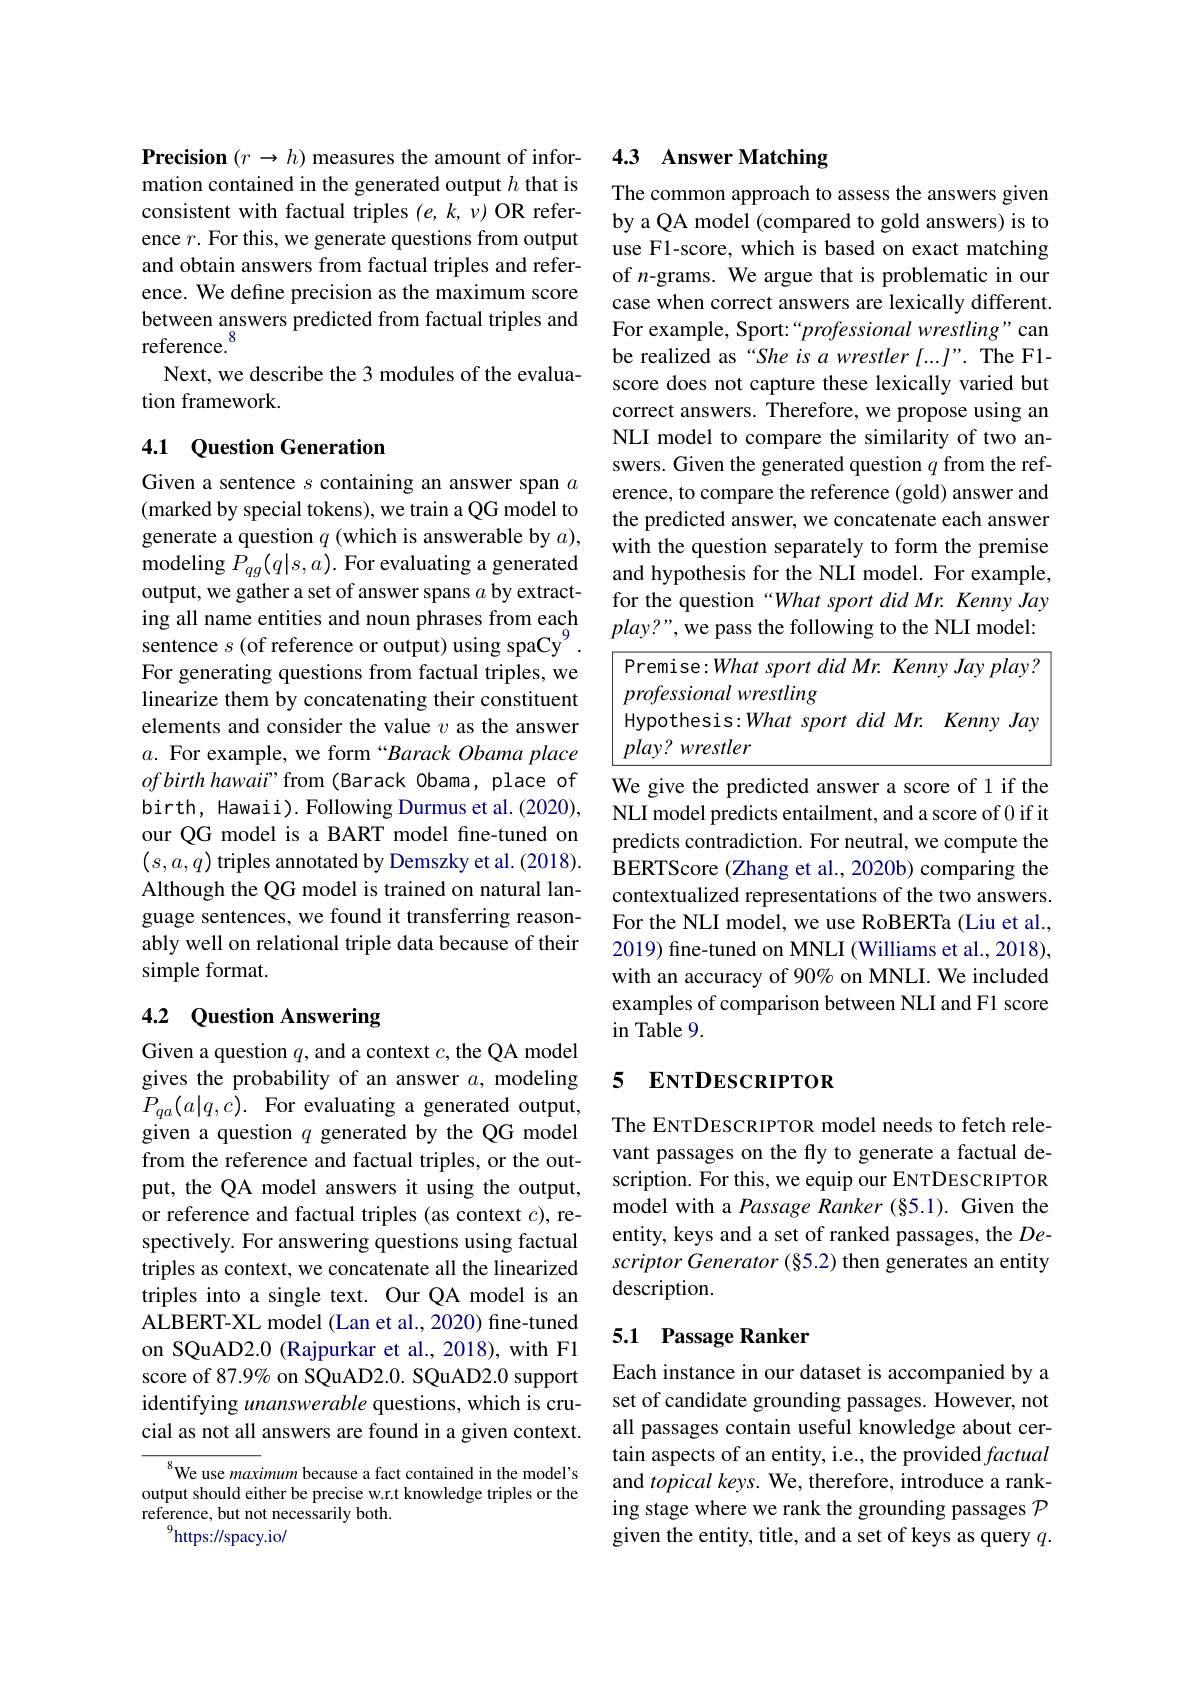
Precision $(r\to h)$ measures the amount of information contained in the generated output $h$ that is consistent with factual triples $(e,k,\nu)$ OR reference $r.$ For this, we generate questions from output and obtain answers from factual triples and reference. We define precision as the maximum score between answers predicted from factual triples and reference.$^{8}$
Next, we describe the 3 modules of the evalua-
tion framework.

## 4.1 Question Generation

Given a sentence $s$ containing an answer span $a$ (marked by special tokens), we train a QG model to generate a question $q$ (which is answerable by $a)$, modeling $P_qg(q|s,a).$ For evaluating a generated output, we gather a set of answer spans $a$ by extracting all name entities and noun phrases from each sentence $s$ (of reference or output) using spaCy$^{9}$ For generating questions from factual triples, we linearize them by concatenating their constituent elements and consider the value $v$ as the answer $a.$ For example, we form“Barack Obama place $ofbirthhawaii"$ from (Barack Obama, place of birth, Hawaii). Following Durmus et al. (2020), our QG model is a BART model fne-tuned on $(s,a,q)$ triples annotated by Demszky et al. (2018). Although the QG model is trained on natural language sentences, we found it transferring reasonably well on relational triple data because of their simple format.

## 4.2 Question Answering

Given a question $q$, and a context $c$, the QA model gives the probability of an answer $a$, modeling $P_{qa}(a|q,c).$ For evaluating a generated output, given a question $q$ generated by the QG model from the reference and factual triples, or the output, the QA model answers it using the output, or reference and factual triples (as context $c)$, respectively. For answering questions using factual triples as context, we concatenate all the linearized triples into a single text. Our QA model is an ALBERT-XL model (Lan et al., 2020) fine-tuned on SQuAD2.0 (Rajpurkar et al., 2018), with F1 score of 87.9% on SQuAD2.0. SQuAD2.0 support identifying unanswerable questions, which is crucial as not all answers are found in a given context.

We use maximum because a fact contained in the model's output should either be precise w.r.t knowledge triples or the reference, but not necessarily both.
$^{9}$https://spacy.io/

## 4.3 Answer Matching

The common approach to assess the answers given by a QA model (compared to gold answers) is to use F1-score, which is based on exact matching of $n$-grams. We argue that is problematic in our case when correct answers are lexically different. For example, Sport: “professional wrestling" can be realized as“She is a wrestler [...J”. The F1- score does not capture these lexically varied but correct answers. Therefore, we propose using an NLI model to compare the similarity of two answers. Given the generated question $q$ from the reference, to compare the reference (gold) answer and the predicted answer, we concatenate each answer with the question separately to form the premise and hypothesis for the NLI model. For example, for the question“What sport did Mr. Kenny Jay play?", we pass the following to the NLI model:

<table>
	<tbody>
		<tr>
			<td>Hypothesis:What. sport did</td>
			<td>$Mr.$ Kenny $Ja)$ $d$</td>
		</tr>
		<tr>
			<td>$plav?$ 1 wrestler</td>
			<td> </td>
		</tr>
	</tbody>
</table>

We give the predicted answer a score of 1 if the NLI model predicts entailment, and a score of 0 if it predicts contradiction. For neutral, we compute the BERTScore (Zhang et al., 2020b) comparing the contextualized representations of the two answers. For the NLI model, we use RoBERTa (Liu et al., 2019) fine-tuned on MNLI (Williams et al., 2018), with an accuracy of 90% on MNLI. We included examples of comparison between NLI and F1 score $\sin$ Table 9.

### 5 ENTDESCRIPTOR

The ENTDESCRIPTOR model needs to fetch relevant passages on the fly to generate a factual description. For this, we equip our ENTDESCRIPTOR model with a Passage Ranker (§5.1). Given the entity, keys and a set of ranked passages, the $De-$ scriptor Generator (§5.2) then generates an entity description.

## 5.1 Passage Ranker

Each instance in our dataset is accompanied by a set of candidate grounding passages. However, not all passages contain useful knowledge about certain aspects of an entity, i.e., the provided factual and topical keys. We, therefore, introduce a ranking stage where we rank the grounding passages $\mathcal{P}$ given the entity, title, and a set of keys as query $q.$